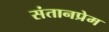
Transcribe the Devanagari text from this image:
संतानप्रेम